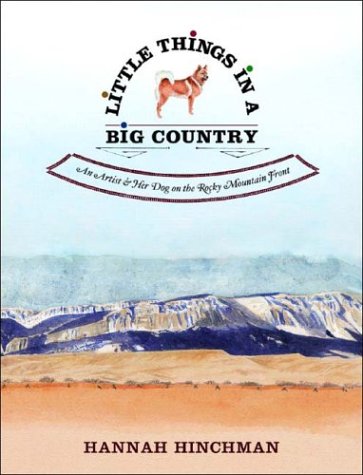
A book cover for Little Things in a Big Country; Hannah Hinchman; Travel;